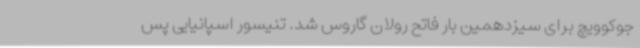
جوکوویچ برای سیزدهمین بار فاتح رولان گاروس شد. تنیسور اسپانیایی پس